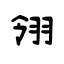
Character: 翎